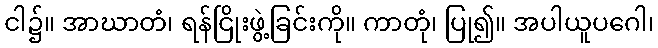
ငါ၌။ အာဃာတံ၊ ရန်ငြိုးဖွဲ့ခြင်းကို။ ကာတုံ၊ ပြု၍။ အပါယူပဂေါ၊